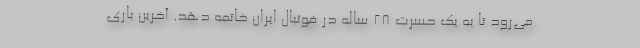
می‌رود تا به یک حسرت 28 ساله در فوتبال ایران خاتمه دهد. آخرین باری